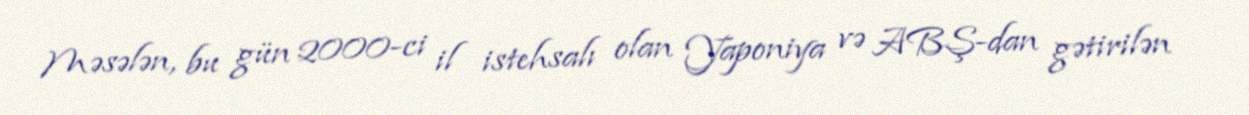
Məsələn, bu gün 2000-ci il istehsalı olan Yaponiya və ABŞ-dan gətirilən